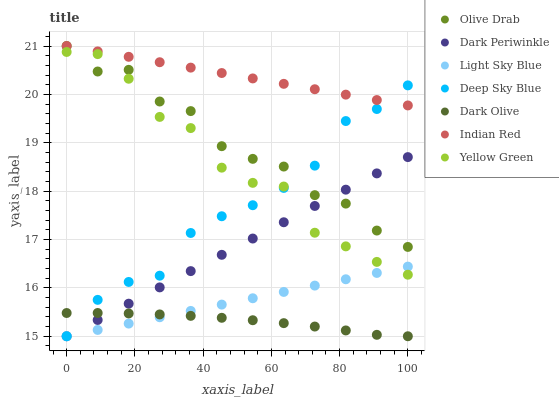
| xaxis_label | Olive Drab | Dark Periwinkle | Light Sky Blue | Deep Sky Blue | Dark Olive | Indian Red | Yellow Green |
 | --- | --- | --- | --- | --- | --- | --- | --- |
 | 0 | 21 | 15 | 15 | 15 | 15.5 | 21 | 20.9 |
 | 9.09 | 20.5 | 15.3 | 15.1 | 15.8 | 15.5 | 20.9 | 20.8 |
 | 18.2 | 20.5 | 15.7 | 15.3 | 16.1 | 15.5 | 20.8 | 20.3 |
 | 27.3 | 19.9 | 16 | 15.4 | 16.3 | 15.5 | 20.7 | 19.5 |
 | 36.4 | 19.7 | 16.3 | 15.5 | 17.1 | 15.4 | 20.6 | 19.3 |
 | 45.5 | 18.9 | 16.7 | 15.7 | 17.5 | 15.4 | 20.4 | 18.5 |
 | 54.5 | 18.7 | 17 | 15.8 | 17.7 | 15.3 | 20.3 | 18.2 |
 | 63.6 | 18.5 | 17.4 | 15.9 | 18.1 | 15.3 | 20.2 | 18.1 |
 | 72.7 | 17.9 | 17.7 | 16 | 18.5 | 15.2 | 20.1 | 17.1 |
 | 81.8 | 17.7 | 18 | 16.2 | 19.4 | 15.1 | 20 | 16.9 |
 | 90.9 | 17.2 | 18.4 | 16.3 | 19.7 | 15 | 19.9 | 16.5 |
 | 100 | 16.8 | 18.7 | 16.4 | 20.2 | 15 | 19.8 | 16.3 |